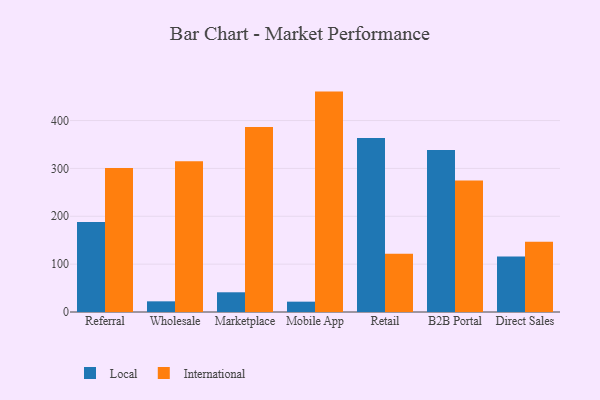
{"axis": {"x": "Channel", "y": "Website Visitors"}, "legend": ["International", "Local"], "data": [{"x": "Referral", "y": 188.1, "type": "Local"}, {"x": "Referral", "y": 300.9, "type": "International"}, {"x": "Wholesale", "y": 22.3, "type": "Local"}, {"x": "Wholesale", "y": 314.9, "type": "International"}, {"x": "Marketplace", "y": 41.2, "type": "Local"}, {"x": "Marketplace", "y": 386.4, "type": "International"}, {"x": "Mobile App", "y": 21.6, "type": "Local"}, {"x": "Mobile App", "y": 460.5, "type": "International"}, {"x": "Retail", "y": 363.6, "type": "Local"}, {"x": "Retail", "y": 121.7, "type": "International"}, {"x": "B2B Portal", "y": 338.7, "type": "Local"}, {"x": "B2B Portal", "y": 275.0, "type": "International"}, {"x": "Direct Sales", "y": 116.2, "type": "Local"}, {"x": "Direct Sales", "y": 146.6, "type": "International"}]}